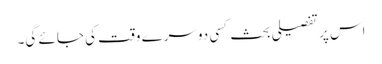
اس پر تفصیلی بحث کسی دوسرے وقت کی جائے گی۔